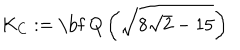
K _ { C } : = \mathrm { \bf ~ Q } \left( \sqrt { 8 \sqrt { 2 } - 1 5 } \right)